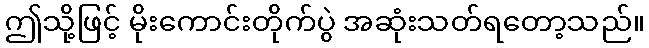
ဤသို့ဖြင့် မိုးကောင်းတိုက်ပွဲ အဆုံးသတ်ရတော့သည်။